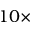
1 0 \times